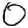
Digit: 0